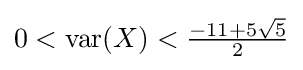
0<\operatorname {var} (X)<{\tfrac {-11+5{\sqrt {5}}}{2}}